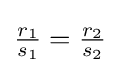
{\tfrac {r_{1}}{s_{1}}}={\tfrac {r_{2}}{s_{2}}}